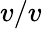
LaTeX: v/v